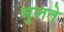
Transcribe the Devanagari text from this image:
भुलते